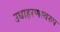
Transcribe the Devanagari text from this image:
उधाहरणस्वरुप